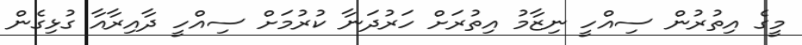
މީގެ އިތުރުން ސިއްހީ ނިޒާމު އިތުރަށް ހަރުދަނާ ކުރުމަށް ސިއްހީ ދާއިރާއާ ގުޅިގެން